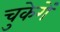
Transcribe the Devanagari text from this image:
चुकेगें